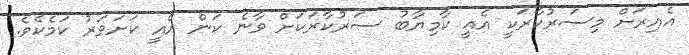
އެއިރަށް މިސަރުކާރަކީ އެއީ ކާމިޔާބު ސަރުކާރަކަށް ވާނެ ކަން އެއީ ކަށަވަރު ކަމެކެވެ.